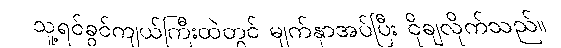
သူ့ရင်ခွင်ကျယ်ကြီးထဲတွင် မျက်နှာအပ်ပြီး ငိုချလိုက်သည်။